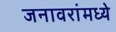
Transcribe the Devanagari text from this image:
जनावरांमध्ये